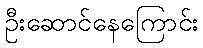
ဦးဆောင်နေကြောင်း